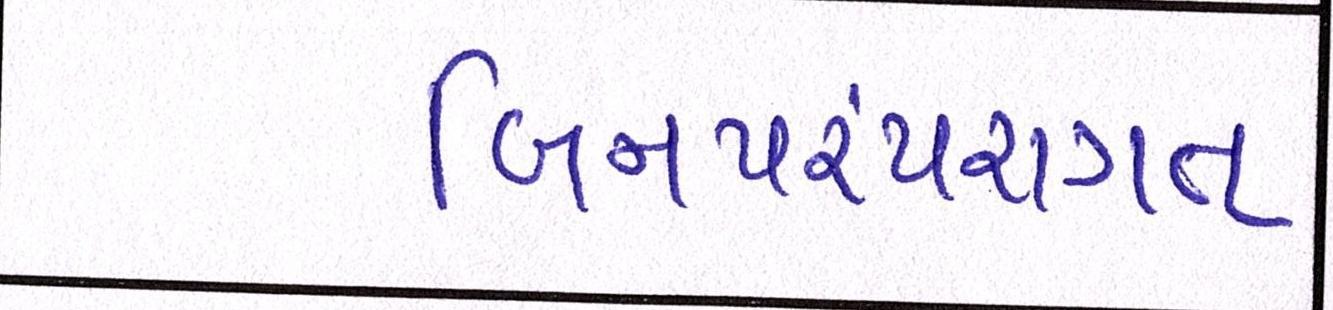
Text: બિનપરંપરાગત